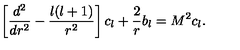
\left[ { \frac { d ^ { 2 } } { d r ^ { 2 } } } - { \frac { l ( l + 1 ) } { r ^ { 2 } } } \right] c _ { l } + { \frac { 2 } { r } } b _ { l } = M ^ { 2 } c _ { l } .